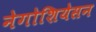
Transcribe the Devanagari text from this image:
नेगोशियेसन